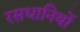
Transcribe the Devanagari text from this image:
रसधानियों